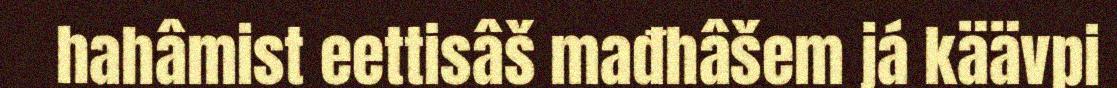
hahâmist eettisâš mađhâšem já käävpi